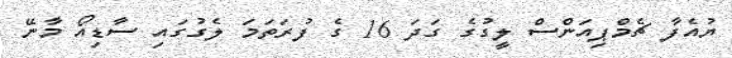
ޔުއެފާ ޗެމްޕިއަންސް ލީގުގެ ގަދަ 16 ގެ ފުރަތަމަ ލެގުގައި ސާޑިއޯ މާނޭ